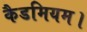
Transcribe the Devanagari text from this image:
कैडमियम।